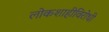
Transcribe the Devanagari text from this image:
लोकशाहीविरोधी